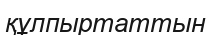
құлпыртаттын